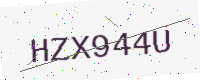
Text: HZX944U